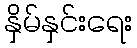
နှိမ်နှင်းရေး